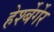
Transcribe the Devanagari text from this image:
हेर्श्बेर्गेर